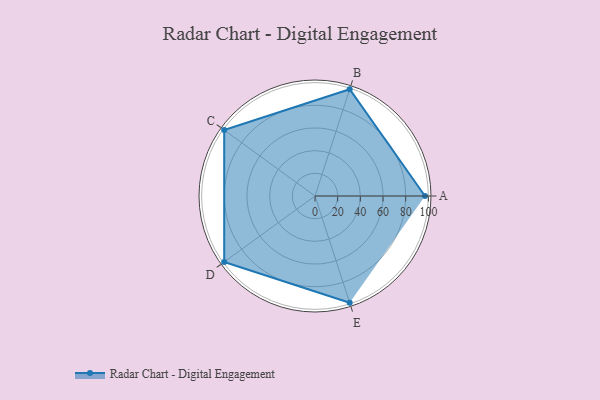
{"axis": {"x": "Skill", "y": "Score"}, "legend": ["Profile"], "data": [{"x": "A", "y": 97.0, "type": "Profile"}, {"x": "B", "y": 99, "type": "Profile"}, {"x": "C", "y": 99, "type": "Profile"}, {"x": "D", "y": 99, "type": "Profile"}, {"x": "E", "y": 99, "type": "Profile"}]}